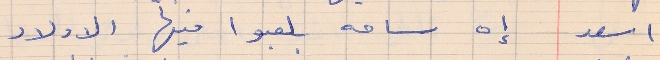
اسعد    إه ساحه بلعبوا فيها الاولاد